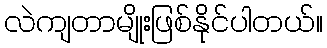
လဲကျတာမျိုးဖြစ်နိုင်ပါတယ်။